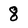
Character: 8